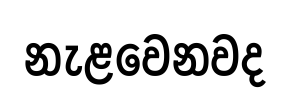
නැළවෙනවද